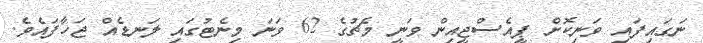
ނަގައިފައި ވަނިކޮށް ޕީއެސްޖީއިން ވަނީ މެޗުގެ 62 ވަނަ މިނެޓުގައި ލަނޑެއް ޖަހާފައެވެ.